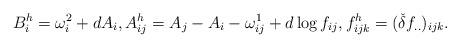
LaTeX: \begin{align*}B_i^h = \omega_i^2 + dA_i, A^h_{ij}= A_j-A_i-\omega_{ij}^1 + d\log f_{ij}, f^h_{ijk} = (\check{\delta} f_{..})_{ijk}.\end{align*}